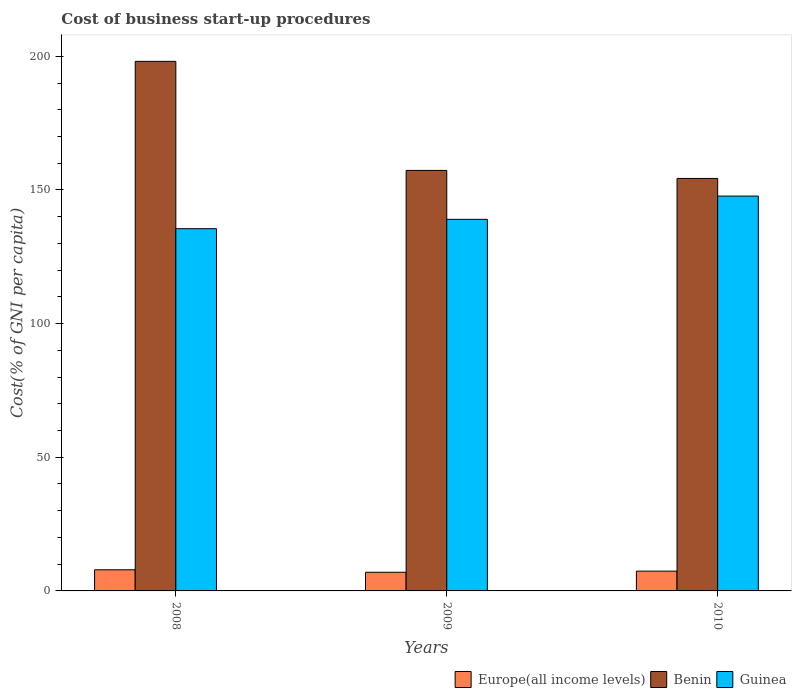
| Years | Europe(all income levels) | Benin | Guinea |
 | --- | --- | --- | --- |
 | 2008 | 7.91 | 198 | 136 |
 | 2009 | 6.98 | 157 | 139 |
 | 2010 | 7.4 | 154 | 148 |